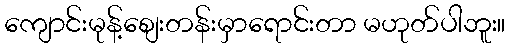
ကျောင်းမုန့်စျေးတန်းမှာရောင်းတာ မဟုတ်ပါဘူး။